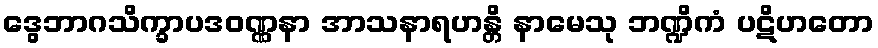
ဒွေဘာဂသိက္ခာပဒဝဏ္ဏနာ အာသနာရဟန္တိ နာမေသု ဘဏ္ဍိကံ ပဋိဟတော